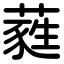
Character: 蕤